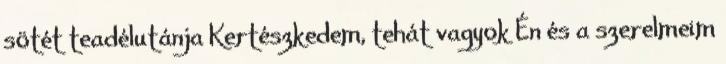
sötét teadélutánja Kertészkedem, tehát vagyok Én és a szerelmeim